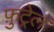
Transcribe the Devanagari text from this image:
फुट्रेल